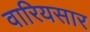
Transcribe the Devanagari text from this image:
वारियसार